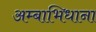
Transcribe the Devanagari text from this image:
अम्बाभिधाना